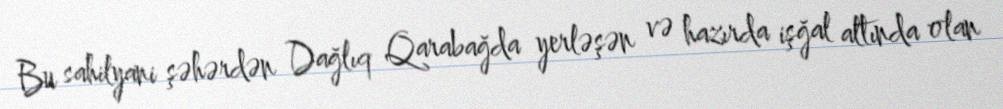
Bu sahilyani şəhərdən Dağlıq Qarabağda yerləşən və hazırda işğal altında olan